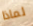
لماذا